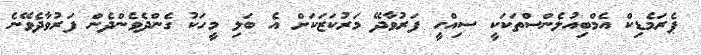
ޕެރަމެޑިކް އެމްބިއުލެންސްތަކަކީ ސިއްހީ ފަރުވާދޭ މަރުކަޒަކަށް އެ ބަލި މީހަކު ގެންދެވެންދެން ފަރުވާދެވޭނެ